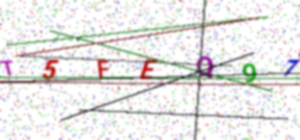
Text: T5FEQ97